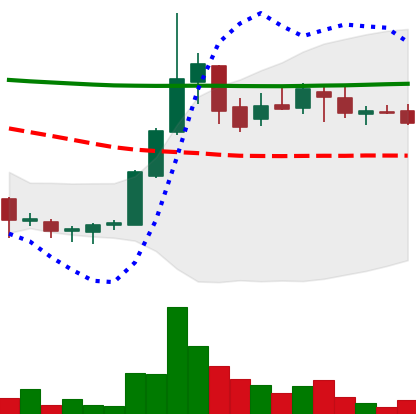
Ticker: DOGE-USD
Chart end date: 2018-07-29
Forward return: -11.763%
Label: down_7plus